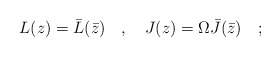
\begin{align*}L(z)=\bar{L}(\bar{z})\quad ,\quad J(z)=\Omega \bar{J}(\bar{z})\quad ;\end{align*}